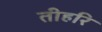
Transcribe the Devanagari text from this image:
तीहरि